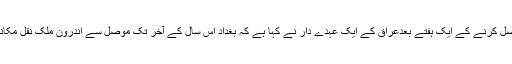
داعش کے عسکریت پسندوں سے عراق کے شمالی شہر موصل کا قبضہ دوبارہ حاصل کرنے کے ایک ہفتے بعدعراق کے ایک عہدے دار نے کہا ہے کہ بغداد اس سال کے آخر تک موصل سے اندرون ملک نقل مکانی کرنے والے لوگوں کے لیے بنائے گئے تمام کیمپ بند کرنے کا ارادہ رکھتا ہے ۔